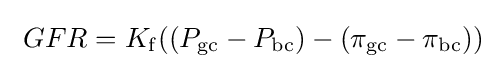
\ GFR=K_{\mathrm {f} }((P_{\mathrm {gc} }-P_{\mathrm {bc} })-(\pi _{\mathrm {gc} }-\pi _{\mathrm {bc} }))